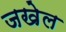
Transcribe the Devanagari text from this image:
जखेल